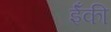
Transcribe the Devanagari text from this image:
ईँकी